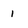
Character: 1